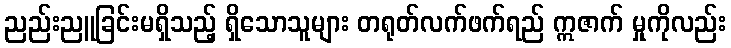
ညည်းညူခြင်းမရှိသည့် ရှိသောသူများ တရုတ်လက်ဖက်ရည် ဣဇာက် မှုကိုလည်း